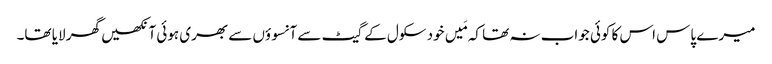
میرے پاس اس کا کوئی جواب نہ تھا کہ مَیں خود سکول کے گیٹ سے آنسوؤں سے بھری ہوئی آنکھیں گھر لایا تھا۔